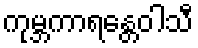
ကုမ္ဘကာရန္တေဝါသီ